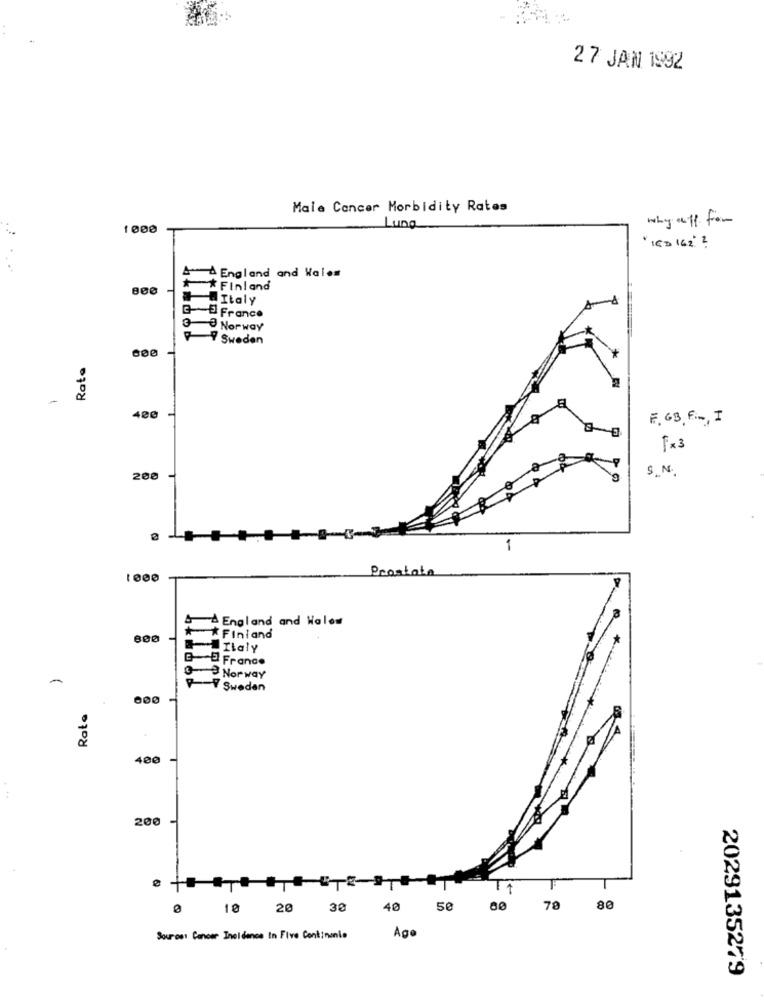
27 JAN 1992
Maie Cancer Morbidity Rates
why off from
1000
Lung
"1CD 162'}
A-A England and Wales
** Finland
##Italy
3-E France
3-3 Norway
Sweden
Rate
-
400
F. GB Fin, I
fx3
200
S.N.
1
Prostata
& AEngland and Wales
800
** Finland
-Italy
GE France
03 Norway
Sweden
600
Rate
400
200
20
30
40
50
80
79
80
Sourost Cancer Incidence In Five Continente
Ago
2029135279